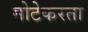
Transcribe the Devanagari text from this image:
मोटेकरता